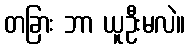
တခြား ဘာ ယူဦးမလဲ။